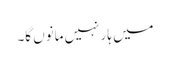
میں ہار نہیں مانوں گا۔